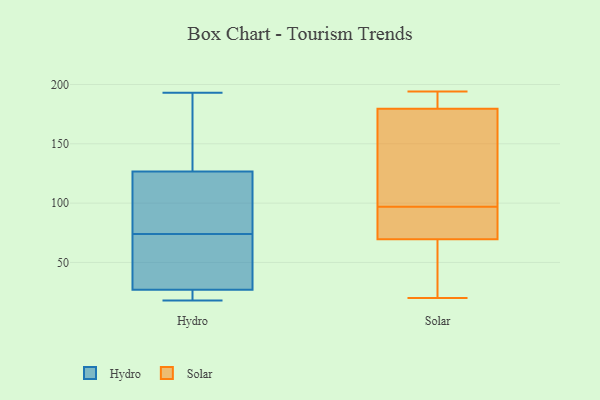
{"axis": {"x": "Conversion Rate (%)", "y": "Value"}, "legend": ["Hydro", "Solar"], "data": [{"x": "", "y": 92, "type": "Hydro"}, {"x": "", "y": 74, "type": "Hydro"}, {"x": "", "y": 25, "type": "Hydro"}, {"x": "", "y": 72, "type": "Hydro"}, {"x": "", "y": 27, "type": "Hydro"}, {"x": "", "y": 59, "type": "Hydro"}, {"x": "", "y": 193, "type": "Hydro"}, {"x": "", "y": 178, "type": "Hydro"}, {"x": "", "y": 19, "type": "Hydro"}, {"x": "", "y": 79, "type": "Hydro"}, {"x": "", "y": 27, "type": "Hydro"}, {"x": "", "y": 18, "type": "Hydro"}, {"x": "", "y": 103, "type": "Hydro"}, {"x": "", "y": 181, "type": "Hydro"}, {"x": "", "y": 162, "type": "Hydro"}, {"x": "", "y": 115, "type": "Hydro"}, {"x": "", "y": 29, "type": "Hydro"}, {"x": "", "y": 179, "type": "Solar"}, {"x": "", "y": 76, "type": "Solar"}, {"x": "", "y": 97, "type": "Solar"}, {"x": "", "y": 176, "type": "Solar"}, {"x": "", "y": 20, "type": "Solar"}, {"x": "", "y": 47, "type": "Solar"}, {"x": "", "y": 103, "type": "Solar"}, {"x": "", "y": 181, "type": "Solar"}, {"x": "", "y": 70, "type": "Solar"}, {"x": "", "y": 145, "type": "Solar"}, {"x": "", "y": 191, "type": "Solar"}, {"x": "", "y": 84, "type": "Solar"}, {"x": "", "y": 28, "type": "Solar"}, {"x": "", "y": 194, "type": "Solar"}, {"x": "", "y": 68, "type": "Solar"}, {"x": "", "y": 78, "type": "Solar"}, {"x": "", "y": 183, "type": "Solar"}]}